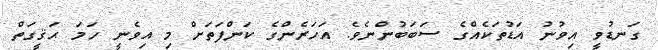
ގަނޑުވީ އިވުނު އަޑުތަކެއްގެ ސަބަބުންނެވެ. އަހަރެންގެ ކަންފަތަށް މި އިވެނީ ހަމަ ޙަޤީގަތް